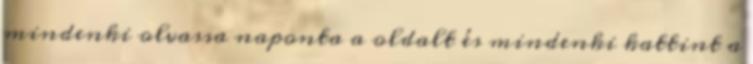
mindenki olvassa naponta a oldalt és mindenki kattint a